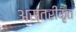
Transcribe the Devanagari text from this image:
अस्तरीकृत